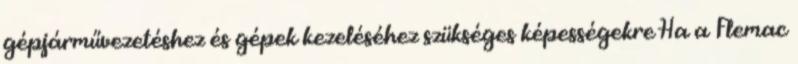
gépjárművezetéshez és gépek kezeléséhez szükséges képességekre Ha a Flemac